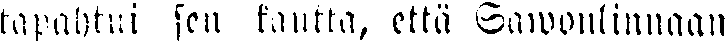
tapahtui sen kautta, että Sawonlinnaan